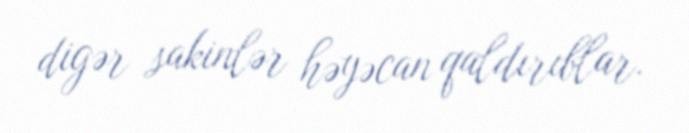
digər sakinlər həyəcan qaldırıblar.